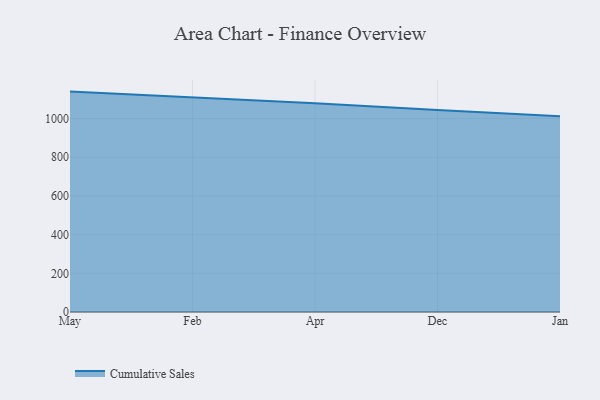
{"axis": {"x": "Month", "y": "Shipments"}, "legend": ["Cumulative Sales"], "data": [{"x": "May", "y": 1139.7, "type": "Cumulative Sales"}, {"x": "Feb", "y": 1108.4, "type": "Cumulative Sales"}, {"x": "Apr", "y": 1079.7, "type": "Cumulative Sales"}, {"x": "Dec", "y": 1044.2, "type": "Cumulative Sales"}, {"x": "Jan", "y": 1012.4, "type": "Cumulative Sales"}]}